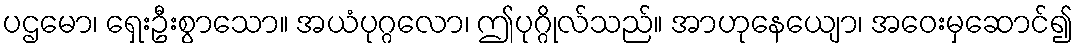
ပဌမော၊ ရှေးဦးစွာသော။ အယံပုဂ္ဂလော၊ ဤပုဂ္ဂိုလ်သည်။ အာဟုနေယျော၊ အဝေးမှဆောင်၍